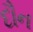
દૌન